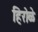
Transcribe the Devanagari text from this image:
हिरोळे